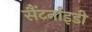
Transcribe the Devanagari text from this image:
सैंटर्नाइडी